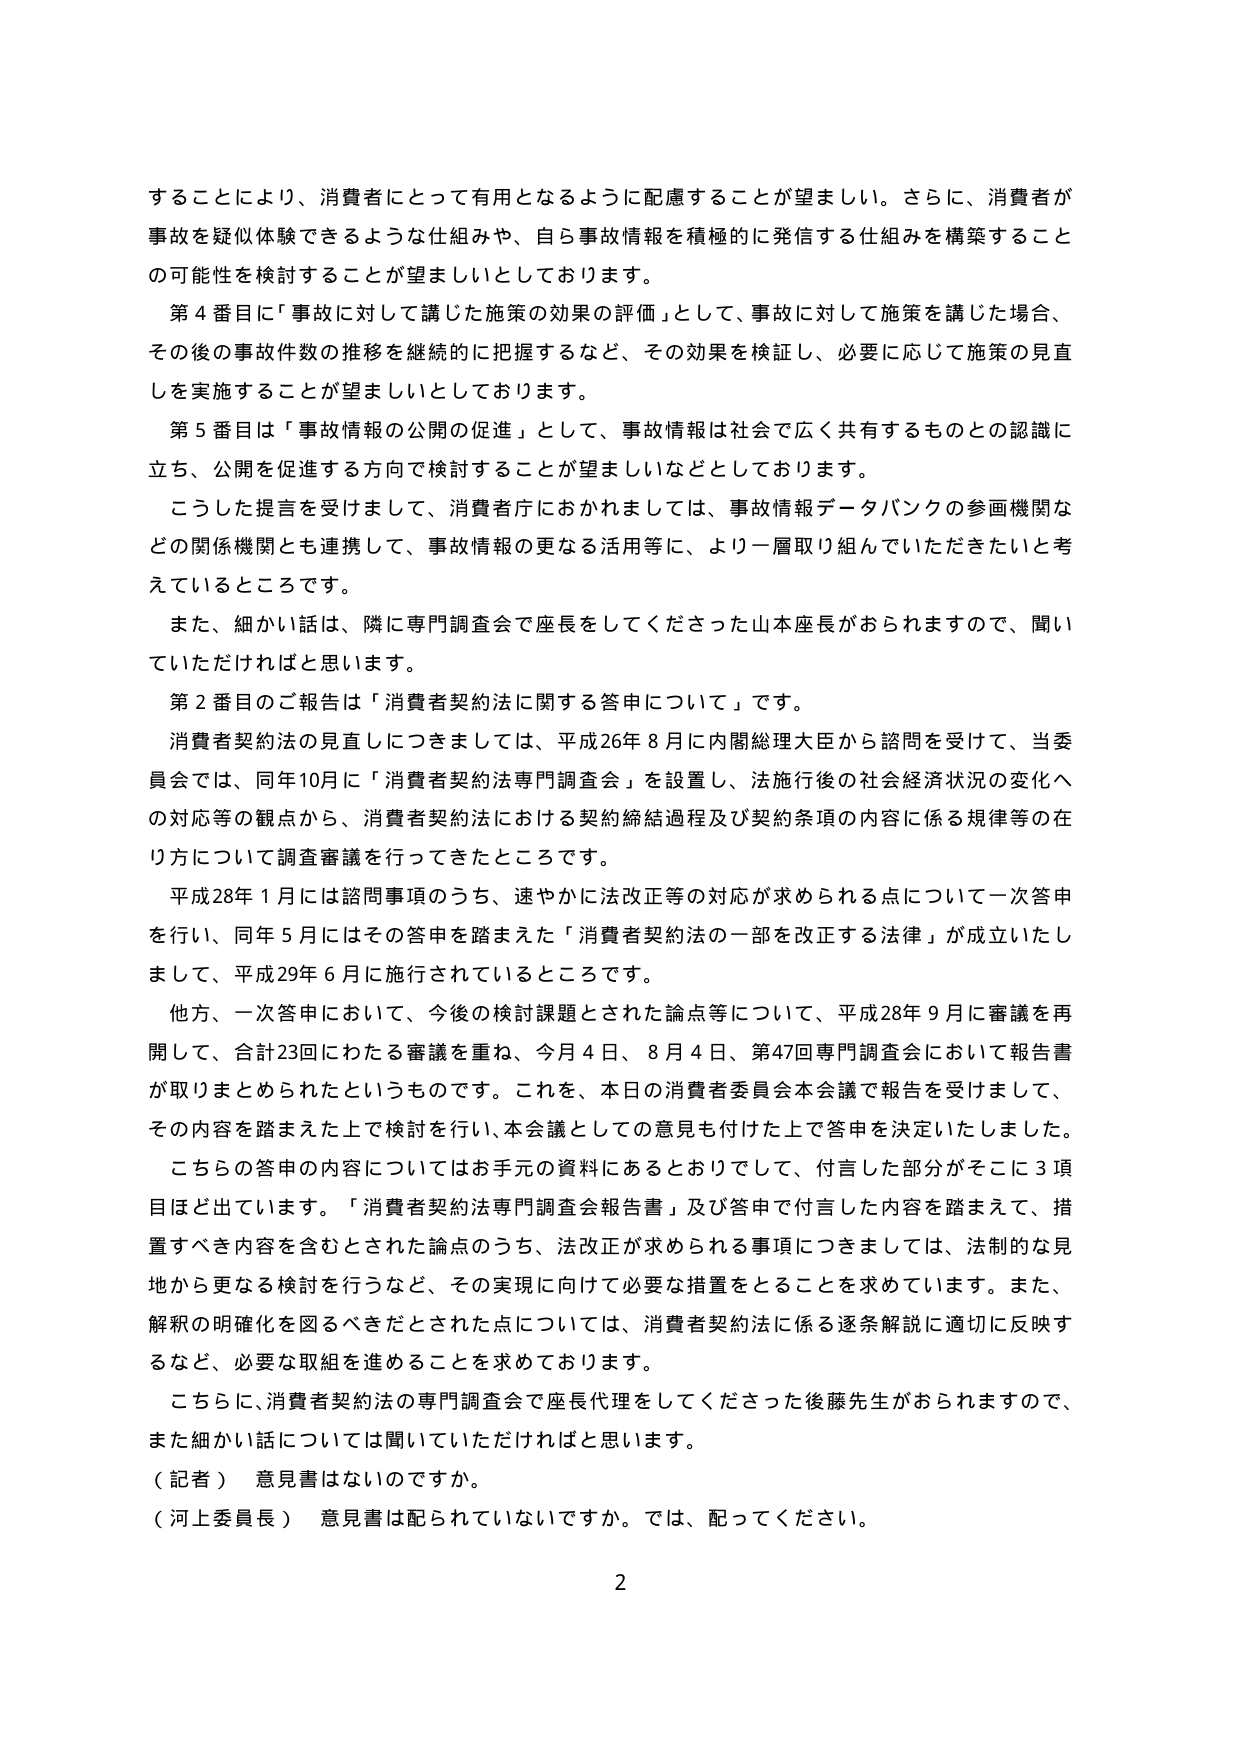
することにより、消費者にとって有用となるように配慮することが望ましい。さらに、消費者が事故を疑似体験できるような仕組みや、自ら事故情報を積極的に発信する仕組みを構築することの可能性を検討することが望ましいとしております。

第４番目に「事故に対して講じた施策の効果の評価」として、事故に対して施策を講じた場合、その後の事故件数の推移を継続的に把握するなど、その効果を検証し、必要に応じて施策の見直しを実施することが望ましいとしております。

第５番目は「事故情報の公開の促進」として、事故情報は社会で広く共有するものとの認識に立ち、公開を促進する方向で検討することが望ましいなどとしております。

こうした提言を受けまして、消費者庁におかれましては、事故情報データバンクの参画機関などの関係機関とも連携して、事故情報の更なる活用等に、より一層取り組んでいただきたいと考えているところです。

また、細かい話は、隣に専門調査会で座長をしてくださった山本座長がおられますので、聞いていただければと思います。

第２番目のご報告は「消費者契約法に関する答申について」です。

消費者契約法の見直しにつきましては、平成26年８月に内閣総理大臣から諮問を受けて、当委員会では、同年10月に「消費者契約法専門調査会」を設置し、法施行後の社会経済状況の変化への対応等の観点から、消費者契約法における契約締結過程及び契約条項の内容に係る規律等の在り方について調査審議を行ってきたところです。

平成28年１月には諮問事項のうち、速やかに法改正等の対応が求められる点について一次答申を行い、同年５月にはその答申を踏まえた「消費者契約法の一部を改正する法律」が成立いたしました、平成29年６月に施行されているところです。

他方、一次答申において、今後の検討課題とされた論点等について、平成28年９月に審議を再開して、合計23回にわたる審議を重ね、今月４日、８月４日、第47回専門調査会において報告書が取りまとめられたというものです。これを、本日の消費者委員会本会議で報告を受けまして、その内容を踏まえた上で検討を行い、本会議としての意見も付けた上で答申を決定いたしました。

こちらの答申の内容についてはお手元の資料にあるとおりでして、付言した部分がそこに３項目ほど出ていきます。「消費者契約法専門調査会報告書」及び答申で付言した内容を踏まえて、措置すべき内容を含むとされた論点のうち、法改正が求められる事項につきましては、法制的な見地から更なる検討を行うなど、その実現に向けて必要な措置をとることを求めています。また、解釈の明確化を図るべきだとされた点については、消費者契約法に係る逐条解説に適切に反映するなど、必要な取組を進めることを求めております。

こちらに、消費者契約法の専門調査会で座長代理をしてくださった後藤先生がおられますので、また細かい話については聞いていただければと思います。

（記者） 意見書はないのですか。

（河上委員長） 意見書は配られていないですか。では、配ってください。

2